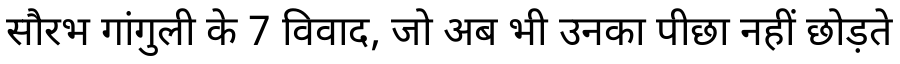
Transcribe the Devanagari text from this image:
सौरभ गांगुली के 7 विवाद, जो अब भी उनका पीछा नहीं छोड़ते